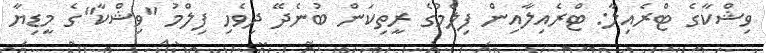
ވިޝްކާގެ ޓްރެއިލާ: ޓްރެއިލާއިން ފިލްމުގެ ރީތިކަން ބުނެދޭ ދިވެހި ފިލްމު "ވިޝްކާ"ގެ މީޑިޔާ